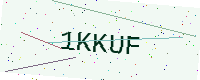
Text: 1KKUF